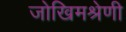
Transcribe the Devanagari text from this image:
जोखिमश्रेणी